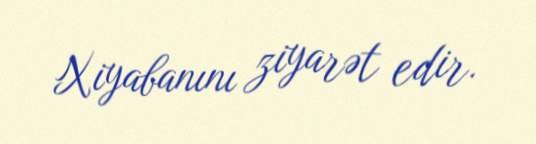
Xiyabanını ziyarət edir.